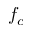
f _ { c }